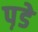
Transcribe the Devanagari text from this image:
प़डे